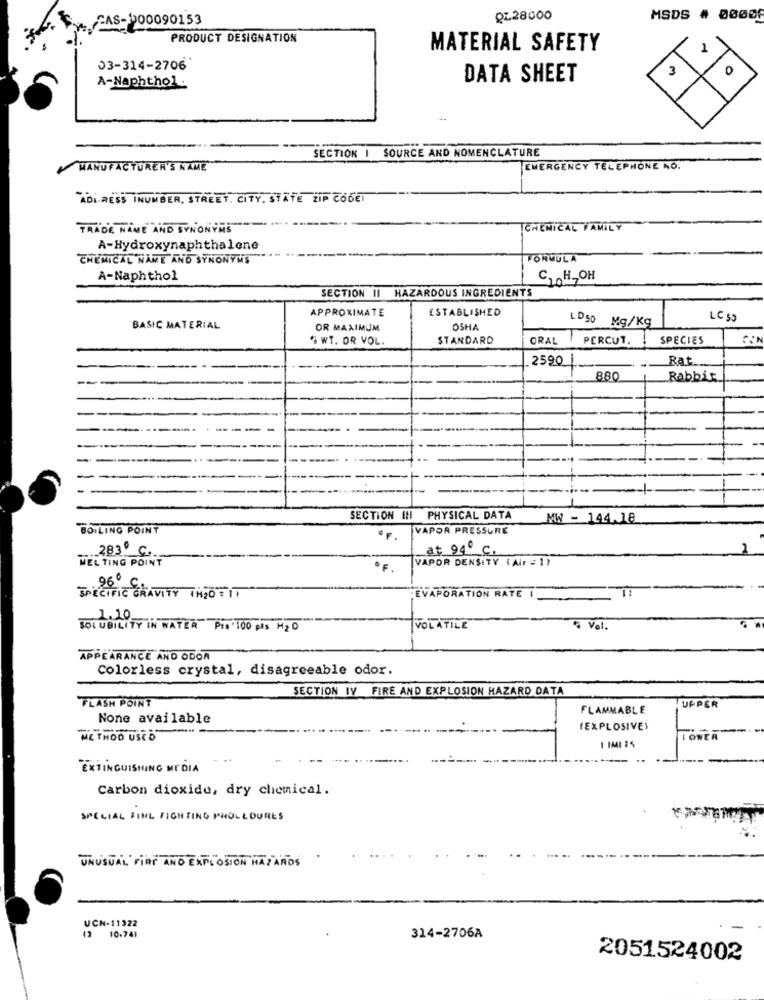
PAS-000090153
QL28000
MSDS # 00006
PRODUCT DÉSIGNATION
MATERIAL SAFETY
03-314-2706'
3
A-Naphthol.
DATA SHEET
SECTION I SOURCE AND NOMENCLATURE
MANUFACTURER'S NAME
EMERGENCY TELEPHONE NO.
ADDRESS INUMBER, STREET. CITY, STATE ZIP CODET
TRADE NAME AND SYNONYMS
CHEMICAL FAMILY
A-Hydroxynaphthalene
CHEMICAL NAME AND SYNONYMS
FORMULA
A-Naphthol
C, H. OH
SECTION II HAZARDOUS INGREDIENTS
APPROXIMATE
ESTABLISHED
LC 59
BASIC MATERIAL
OR MAXIMUM
OSHA
LD50 Mg/Kg
. WT. OR VOL.
STANDARD
ORAL
PERCUT. SPECIES
2590
880
Rabbit
-
SECTION IN PHYSICAL DATA
MW - 144.18
BOILING POINT
VAPOR PRESSURE
283º C.
at 94º c.
MELTING POINT
VAPOR DENSITY (Air = 1)
96º
EVAPORATION RATE I
SPECIFIC GRAVITY THEOFIT
1.10
SOLUBILITY IN WATER Pis 100 pls H2O
VOLATILE
5 Vel.
APPEARANCE AND ODOR
Colorless crystal, disagreeable odor.
SECTION IV FIRE AND EXPLOSION HAZARD DATA
FLASH POINT
FLAMMABLE
UPPER
None available
-
(EXPLOSIVE)
METHOD USED
TONER
1 IMI 15
EXTINGUISHING MEDIA
Carbon dioxide, dry chemical.
SPECIAL FING FIGHTING PHOLLOURES
UNUSUAL FINT AND EXPLOSION HAZARDS
UCN-11322
(3 10.741
314-2706A
2051524002